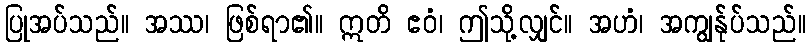
ပြုအပ်သည်။ အဿ၊ ဖြစ်ရာ၏။ ဣတိ ဧဝံ၊ ဤသို့လျှင်။ အဟံ၊ အကျွန်ုပ်သည်။